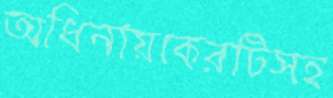
অধিনায়কেরটিসহ